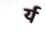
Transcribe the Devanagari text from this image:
र्य